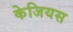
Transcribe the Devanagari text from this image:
केजियस